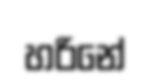
හරිනේ